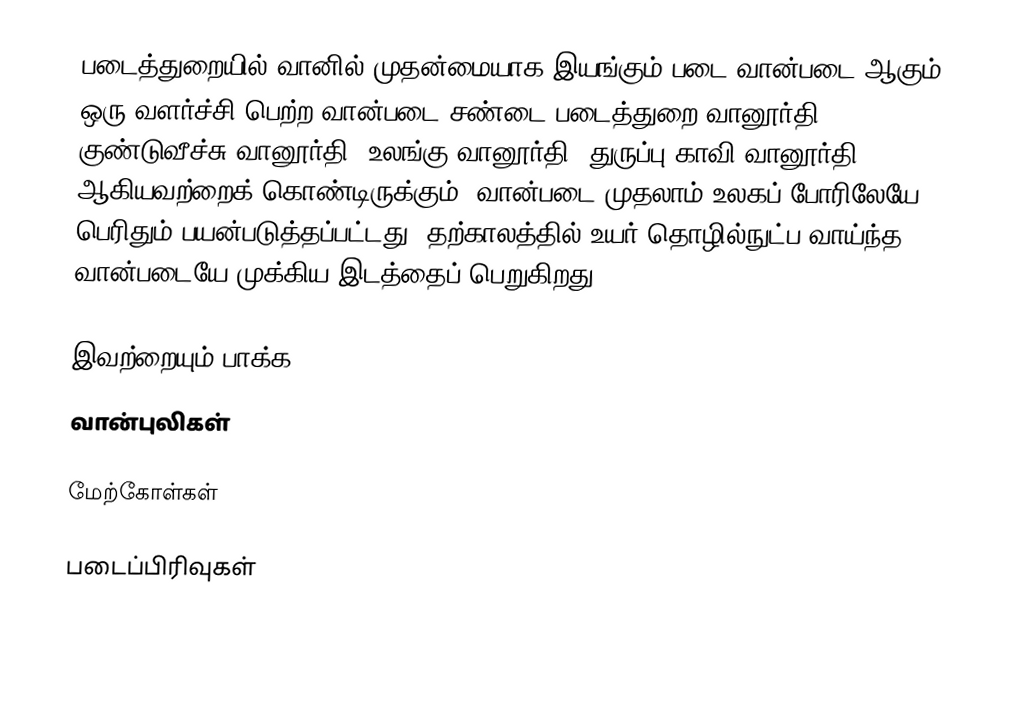
படைத்துறையில் வானில் முதன்மையாக இயங்கும் படை வான்படை ஆகும்.  ஒரு வளர்ச்சி பெற்ற வான்படை சண்டை படைத்துறை வானூர்தி, குண்டுவீச்சு வானூர்தி, உலங்கு வானூர்தி, துருப்பு காவி வானூர்தி ஆகியவற்றைக் கொண்டிருக்கும்.  வான்படை முதலாம் உலகப் போரிலேயே பெரிதும் பயன்படுத்தப்பட்டது.  தற்காலத்தில் உயர் தொழில்நுட்ப வாய்ந்த வான்படையே முக்கிய இடத்தைப் பெறுகிறது.

இவற்றையும் பாக்க
 வான்புலிகள்

மேற்கோள்கள்

படைப்பிரிவுகள்